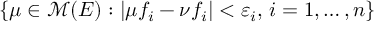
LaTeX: \left\{ \mu \in { \mathcal { M } } ( E ) : \left| \mu f _ { i } - \nu f _ { i } \right| < \varepsilon _ { i } , \, i = 1 , \ldots , n \right\}